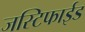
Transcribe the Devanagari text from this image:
जस्टिफाईड